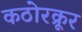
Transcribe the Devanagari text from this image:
कठोरक्रूर